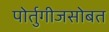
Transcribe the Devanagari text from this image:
पोर्तुगीजसोबत